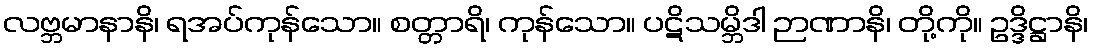
လဗ္ဘမာနာနိ၊ ရအပ်ကုန်သော။ စတ္တာရိ၊ ကုန်သော။ ပဋိသမ္ဘိဒါ ဉာဏာနိ၊ တို့ကို။ ဥဒ္ဒိဋ္ဌာနိ၊